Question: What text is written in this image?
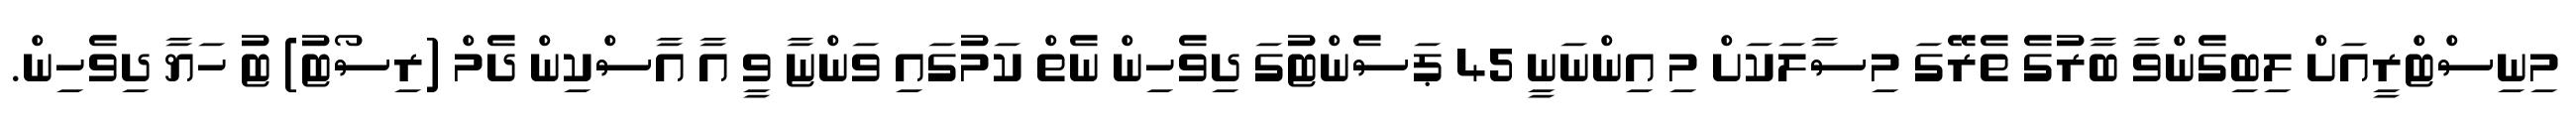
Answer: މިނިސްޓްރީއަށް ލިބިގެންވާ ބާރުގެ ތެރޭގަ މިސާލަކަށް މި އިންނަނީ 45 ޕަސެންޓުގަ ދިވެހިން ނެތް ކަމުގައި ވަންޏާ ވީ އާ އާސްކިން ދެމް (ރިސޯޓު) ޓު ހަޔާ ދިވެހިން.